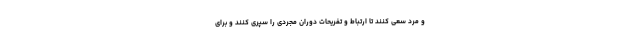
و مرد سعی کنند تا ارتباط و تفریحات دوران مجردی را سپری کنند و برای